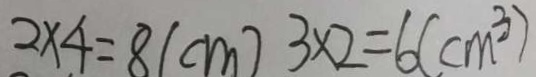
2 \times 4 = 8 ( c m ) 3 \times 2 = 6 ( c m ^ { 3 } )